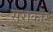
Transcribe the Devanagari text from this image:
सराकोर